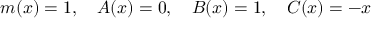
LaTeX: m ( x ) = 1 , \ \ \ A ( x ) = 0 , \ \ \ B ( x ) = 1 , \ \ \ C ( x ) = - x